Annual report of the Punjab Veterinary College and of the Civil Veterinary Department, Punjab - 1920-1925
Year: 1920
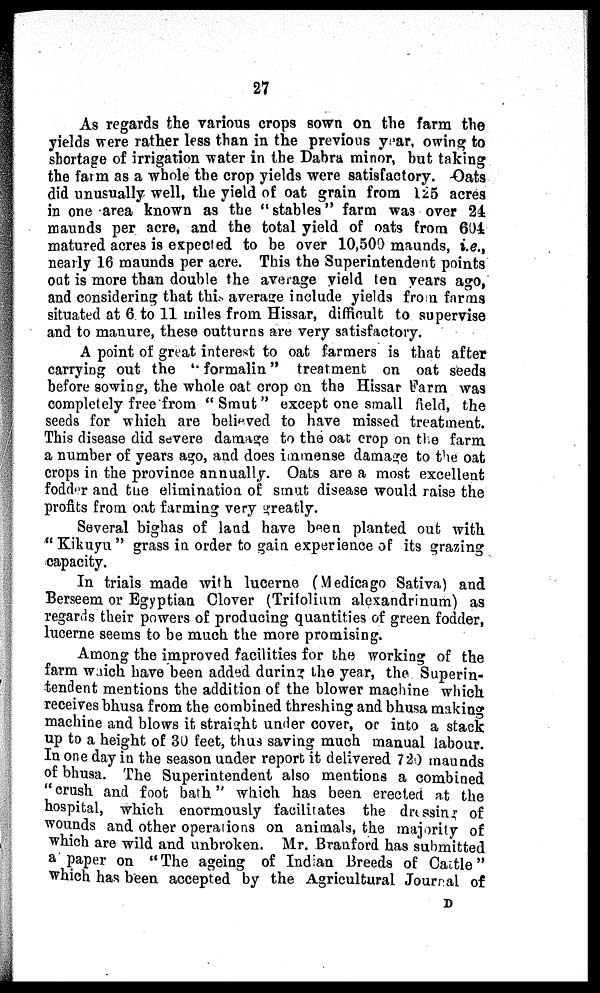
27
As regards the various crops sown on the farm the
yields were rather less than in the previous year, owing to
shortage of irrigation water in the Dabra minor, but taking
the farm as a whole the crop yields were satisfactory. Oats
did unusually well, the yield of oat grain from 125 acres
in one area known as the "stables" farm was over 24
maunds per acre, and the total yield of oats from 604
matured acres is expected to be over 10,500 maunds, i.e.,
nearly 16 maunds per acre. This the Superintendent points
out is more than double the average yield ten years ago,
and considering that this average include yields from farms
situated at 6 to 11 miles from Hissar, difficult to supervise
and to manure, these outturns are very satisfactory.
A point of great interest to oat farmers is that after
carrying out the "formalin" treatment on oat seeds
before sowing, the whole oat crop on the Hissar Farm was
completely free from "Smut" except one small field, the
seeds for which are believed to have missed treatment.
This disease did severe damage to the oat crop on the farm
a number of years ago, and does immense damage to the oat
crops in the province annually. Oats are a most excellent
fodder and the elimination of smut disease would raise the
profits from oat farming very greatly.
Several bighas of land have been planted out with
"Kikuyu" grass in order to gain experience of its grazing
capacity.
In trials made with lucerne (Medicago Sativa) and
Berseem or Egyptian Clover (Trifolium alexandrinum) as
regards their powers of producing quantities of green fodder,
lucerne seems to be much the more promising.
Among the improved facilities for the working of the
farm which have been added during the year, the Superin-
tendent mentions the addition of the blower machine which
receives bhusa from the combined threshing and bhusa making
machine and blows it straight under cover, or into a stack
up to a height of 30 feet, thus saving much manual labour.
In one day in the season under report it delivered 720 maunds
of bhusa. The Superintendent also mentions a combined
"crush and foot bath" which has been erected at the
hospital, which enormously facilitates the dressing of
wounds and other operations on animals, the majority of
which are wild and unbroken. Mr. Branford has submitted
a paper on "The ageing of Indian Breeds of Cattle"
which has been accepted by the Agricultural Journal of
D